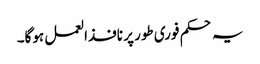
یہ حکم فوری طور پر نافذالعمل ہوگا۔